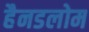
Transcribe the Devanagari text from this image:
हैनडलोम